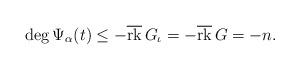
LaTeX: \begin{align*}\deg \Psi_\alpha(t) \leq - \overline{\rm rk} \, G_\iota = - \overline{\rm rk}\, G= -n.\end{align*}